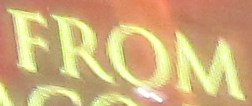
FROM